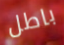
باطل